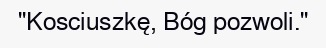
"Kosciuszkę, Bóg pozwoli."